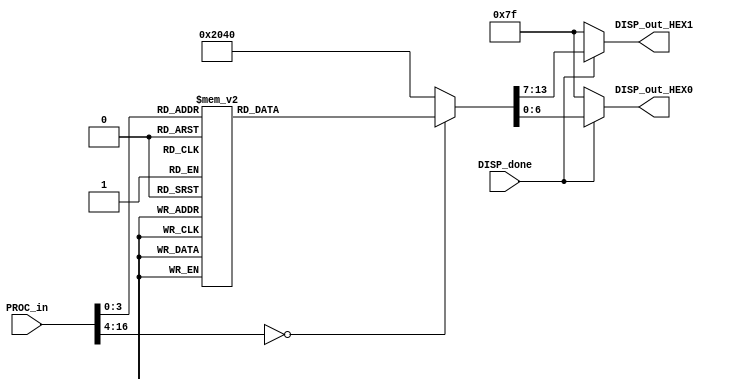
module seven_segments_display(PROC_in, DISP_out_HEX0, DISP_out_HEX1, DISP_done);

 input [16:0] PROC_in;
 input DISP_done;
 output reg [6:0] DISP_out_HEX0;
 output reg [6:0] DISP_out_HEX1;


 always @(*) begin
	
	if(DISP_done == 1) begin	
		case(PROC_in)
				16'b0000000000000000: begin
					DISP_out_HEX0 = 7'b1000000; //0
					DISP_out_HEX1 = 7'b1000000; //0
				end
				16'b0000000000000001: begin 
					DISP_out_HEX0 = 7'b1111001; //1
					DISP_out_HEX1 = 7'b1000000; //0
				end	
				16'b0000000000000010: begin 
					DISP_out_HEX0 = 7'b0100100; //2
					DISP_out_HEX1 = 7'b1000000; //0
				end
				16'b0000000000000011: begin 
					DISP_out_HEX0 = 7'b0110000; //3
					DISP_out_HEX1 = 7'b1000000; //0
				end
				16'b0000000000000100: begin 
					DISP_out_HEX0 = 7'b0011001; //4
					DISP_out_HEX1 = 7'b1000000; //0
				end
				16'b0000000000000101: begin 
					DISP_out_HEX0 = 7'b0010010; //5
					DISP_out_HEX1 = 7'b1000000; //0
				end
				16'b0000000000000110: begin 
					DISP_out_HEX0 = 7'b0000010; //6
					DISP_out_HEX1 = 7'b1000000; //0
				end
				16'b0000000000000111: begin 
					DISP_out_HEX0 = 7'b1011000; //7
					DISP_out_HEX1 = 7'b1000000; //0
				end
				16'b0000000000001000: begin 
					DISP_out_HEX0 = 7'b0000000; //8
					DISP_out_HEX1 = 7'b1000000; //0
				end
				16'b0000000000001001: begin
					DISP_out_HEX0 = 7'b0011000; //9
					DISP_out_HEX1 = 7'b1000000; //0
				end
				16'b0000000000001010: begin 
					DISP_out_HEX0 = 7'b1000000; //0
					DISP_out_HEX1 = 7'b1111001; //1
				end
				16'b0000000000001011: begin 
					DISP_out_HEX0 = 7'b1111001; //1
					DISP_out_HEX1 = 7'b1111001; //1
				end
				16'b0000000000001100: begin 
					DISP_out_HEX0 = 7'b0100100; //2
					DISP_out_HEX1 = 7'b1111001; //1
				end
				16'b0000000000001101: begin 
					DISP_out_HEX0 = 7'b0110000; //3
					DISP_out_HEX1 = 7'b1111001; //1
				end
				16'b0000000000001101: begin 
					DISP_out_HEX0 = 7'b0011001; //4
					DISP_out_HEX1 = 7'b1111001; //1
				end
				16'b0000000000001101: begin 
					DISP_out_HEX0 = 7'b0010010; //5
					DISP_out_HEX1 = 7'b1111001; //1
				end
				default : begin 
					DISP_out_HEX0 = 7'b1000000; //0
					DISP_out_HEX1 = 7'b1000000; //0	
				end
		endcase
	end 
	else begin
			DISP_out_HEX0 = 7'b1111111; // Turned Off
			DISP_out_HEX1 = 7'b1111111;
		end
 end
 
endmodule